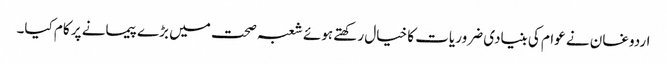
اردوغان نے عوام کی بنیادی ضروریات کا خیال رکھتے ہوئے شعبہ صحت میں بڑے پیمانے پر کام کیا۔